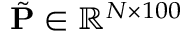
\Tilde { \mathbf { P } } \in \mathbb { R } ^ { N \times 1 0 0 }